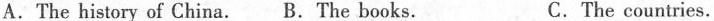
A.The history of China. B.The books. C.The countries.